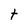
Character: t